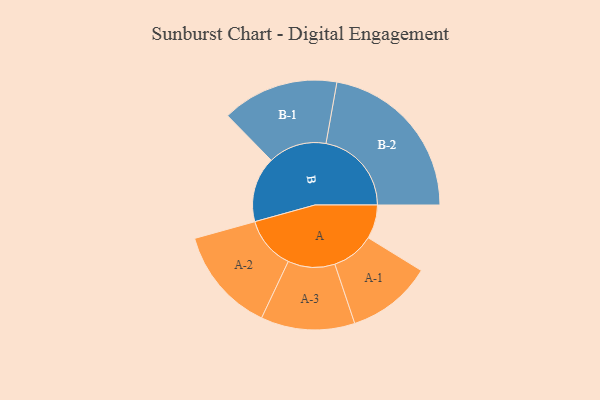
{"axis": {"x": "Segment", "y": "Value"}, "legend": ["", "A", "B"], "data": [{"x": "A", "y": 101, "type": ""}, {"x": "B", "y": 195, "type": ""}, {"x": "A-1", "y": 127, "type": "A"}, {"x": "A-2", "y": 157, "type": "A"}, {"x": "A-3", "y": 140, "type": "A"}, {"x": "B-1", "y": 174, "type": "B"}, {"x": "B-2", "y": 255, "type": "B"}]}